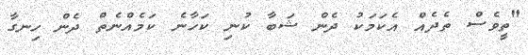
"ތީވެސް ތެދެއް އެކަމަކު ދެން ޝަބާ ކުނި ކަހާނެ ކަމެއްނެތް ދެން ހިނގާ